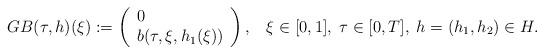
LaTeX: \begin{align*}G B(\tau, h) (\xi):= \left(\begin{array}{l} 0\\ b(\tau, \xi, h_1(\xi)) \end{array}\right), \;\;\; \xi \in [0,1],\; \tau \in [0,T], \; h = (h_1, h_2) \in H.\end{align*}